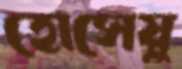
হোসেয়ু